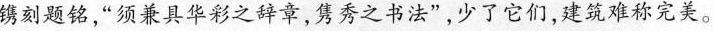
镌刻题铭“须兼具华彩之辞章,隽秀之书法”,少了它们，建筑难称完美。